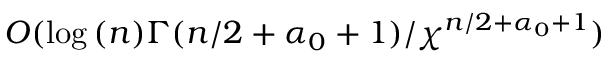
O ( \log { ( n ) } \Gamma ( { n } / { 2 } + \alpha _ { 0 } + 1 ) / \chi ^ { { n } / { 2 } + \alpha _ { 0 } + 1 } )